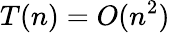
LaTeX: T(n)=O(n^{2})